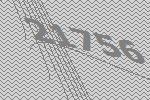
21756